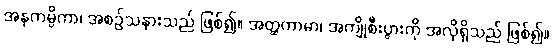
အနုကမ္ပိကာ၊ အစဉ်သနားသည် ဖြစ်၍။ အတ္ထကာမာ၊ အကျိုစီးပွားကို အလိုရှိသည် ဖြစ်၍။